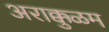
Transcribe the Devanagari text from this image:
अराक्कुळम